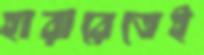
হারারেতেই